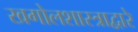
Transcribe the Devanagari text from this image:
खगोलशास्त्राद्वारे